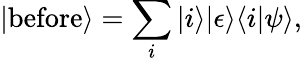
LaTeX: |{\mathrm{before}}\rangle=\sum_{i}|i\rangle|\epsilon\rangle\langle i|\psi\rangle,